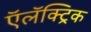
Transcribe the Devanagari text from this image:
ऍलॅक्ट्रिक